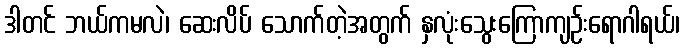
ဒါတင် ဘယ်ကမလဲ၊ ဆေးလိပ် သောက်တဲ့အတွက် နှလုံးသွေးကြောကျဉ်းရောဂါရယ်၊